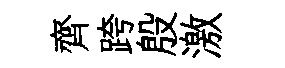
齊跨殷激